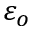
\varepsilon _ { o }